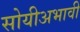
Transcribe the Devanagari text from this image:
सोयीअभावी